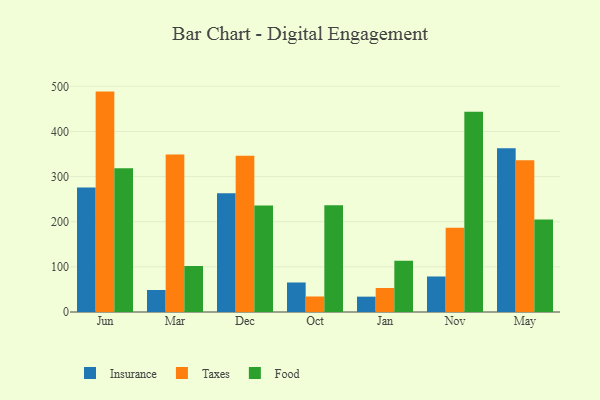
{"axis": {"x": "Month", "y": "Revenue (USD Million)"}, "legend": ["Food", "Insurance", "Taxes"], "data": [{"x": "Jun", "y": 275.6, "type": "Insurance"}, {"x": "Jun", "y": 488.3, "type": "Taxes"}, {"x": "Jun", "y": 318.6, "type": "Food"}, {"x": "Mar", "y": 48.7, "type": "Insurance"}, {"x": "Mar", "y": 348.9, "type": "Taxes"}, {"x": "Mar", "y": 101.9, "type": "Food"}, {"x": "Dec", "y": 263.3, "type": "Insurance"}, {"x": "Dec", "y": 346.4, "type": "Taxes"}, {"x": "Dec", "y": 236.0, "type": "Food"}, {"x": "Oct", "y": 65.4, "type": "Insurance"}, {"x": "Oct", "y": 34.4, "type": "Taxes"}, {"x": "Oct", "y": 236.7, "type": "Food"}, {"x": "Jan", "y": 34.0, "type": "Insurance"}, {"x": "Jan", "y": 53.2, "type": "Taxes"}, {"x": "Jan", "y": 113.3, "type": "Food"}, {"x": "Nov", "y": 78.7, "type": "Insurance"}, {"x": "Nov", "y": 186.5, "type": "Taxes"}, {"x": "Nov", "y": 443.7, "type": "Food"}, {"x": "May", "y": 362.7, "type": "Insurance"}, {"x": "May", "y": 336.2, "type": "Taxes"}, {"x": "May", "y": 205.2, "type": "Food"}]}